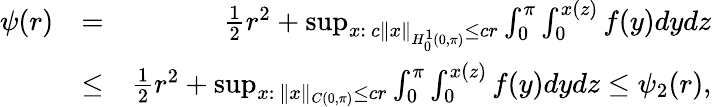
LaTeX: \begin{array}{rlr}{\psi(r)}&{=}&{\frac{1}{2}r^{2}+\operatorname*{sup}_{x:\ c\| x\| _{H_{0}^{1}(0,\pi)}\leq cr}\int_{0}^{\pi}\int_{0}^{x(z)}{f(y)dy}dz}\\ &{\leq}&{\frac{1}{2}r^{2}+\operatorname*{sup}_{x:\ \| x\| _{C(0,\pi)}\leq cr}\int_{0}^{\pi}\int_{0}^{x(z)}{f(y)dy}dz\leq\psi_{2}(r),}\end{array}